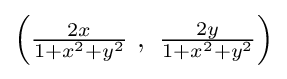
{\textstyle \left({\frac {2x}{1+x^{2}+y^{2}}}\ ,\ {\frac {2y}{1+x^{2}+y^{2}}}\right)}